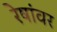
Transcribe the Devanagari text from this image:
रेषांवर